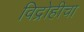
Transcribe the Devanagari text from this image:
विद्रोहीचा